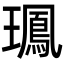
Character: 𤪧